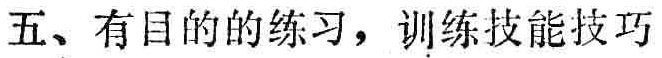
五、有目的的练习，训练技能技巧